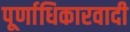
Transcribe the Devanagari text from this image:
पूर्णाधिकारवादी